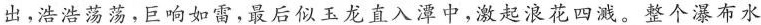
出，浩浩荡荡,巨响如雷,最后似玉龙直入潭中,激起浪花四溅。整个瀑布水